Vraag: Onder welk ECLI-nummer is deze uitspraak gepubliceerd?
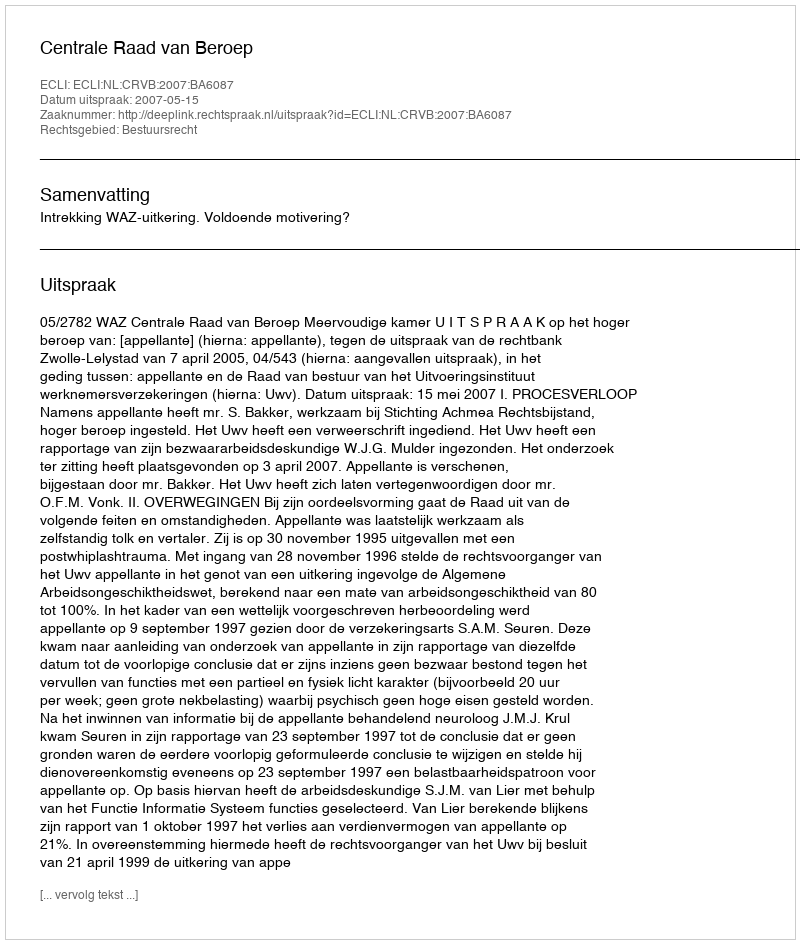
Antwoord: ECLI:NL:CRVB:2007:BA6087